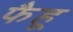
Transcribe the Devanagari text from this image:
फैहू